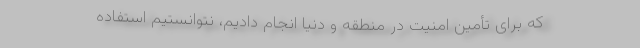
که برای تأمین امنیت در منطقه و دنیا انجام دادیم، نتوانستیم استفاده